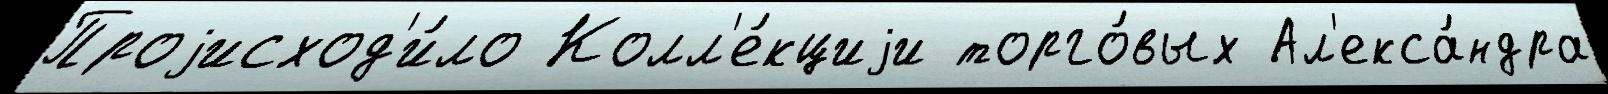
Проjисход'и́ло Колл'е́кциjи торго́вых Ал'екса́ндра